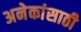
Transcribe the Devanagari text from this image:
अनेकांसाठी